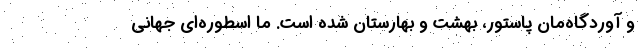
و آوردگاه‌مان پاستور، بهشت و بهارستان شده است. ما اسطوره‌ای جهانی